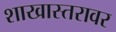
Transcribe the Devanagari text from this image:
शाखास्तरावर